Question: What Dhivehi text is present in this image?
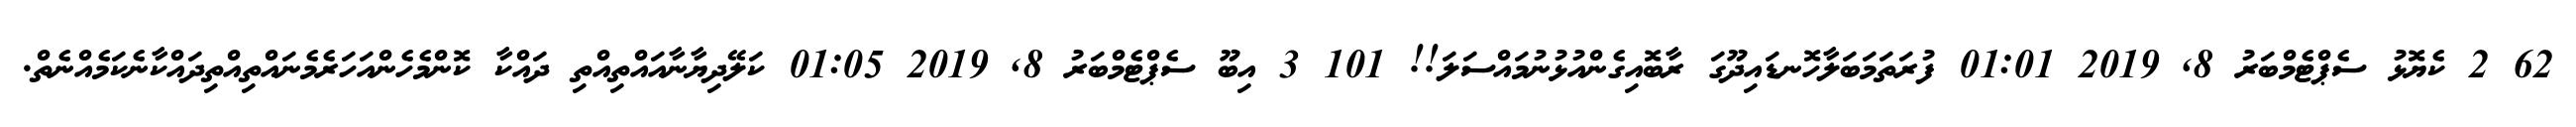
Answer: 62 2 ކެޔޮޅު ސެޕްޓެމްބަރު 8, 2019 01:01 ފުރަތަމަބަލާހޮނޑައިދޫގަ ރާބޮއިގެންއުޅުނުމައްސަލަ!! 101 3 އިބޫ ސެޕްޓެމްބަރު 8, 2019 01:05 ކަލޭދިޔާނާއައްތިއްތި ދައްކާ ކޮންމެހެންއަހަރެމެނައްތިއްތިދައްކާނެކަމެއްނެތް.